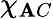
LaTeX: \chi_{\mathbf{A}C}